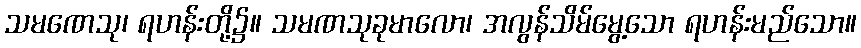
သမဏေသု၊ ရဟန်းတို့၌။ သမဏသုခုမာလော၊ အလွန်သိမ်မွေ့သော ရဟန်းမည်သော။